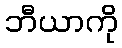
ဘီယာကို